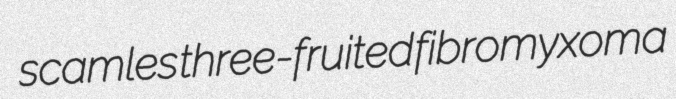
scamles three-fruited fibromyxoma